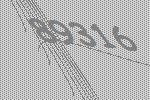
89316